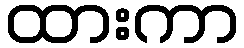
ထားကာ